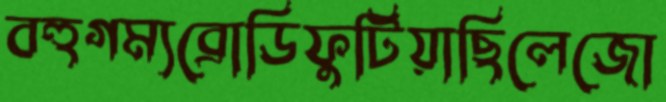
বহুগম্যব্রোডিফুটিয়াছিলেজো